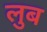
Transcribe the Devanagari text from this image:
लुब